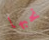
نحبها